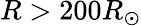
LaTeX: R>200R_{\odot}